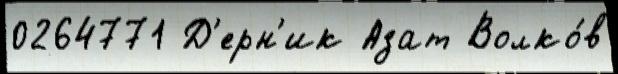
0264771 Д'ерн'ик Азат Волко́в